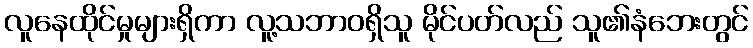
လူနေထိုင်မှုများရှိကာ လူ့သဘာဝရှိသူ မိုင်ပတ်လည် သူ၏နံဘေးတွင်